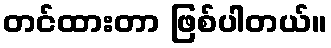
တင်ထားတာ ဖြစ်ပါတယ်။